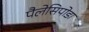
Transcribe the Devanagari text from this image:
पैलेसिपोडा